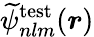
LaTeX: \widetilde{\psi}_{nlm}^{\mathrm{test}}(\boldsymbol{r})